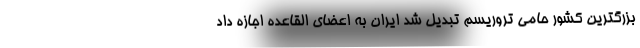
بزرگترین کشور حامی تروریسم تبدیل شد ایران به اعضای القاعده اجازه داد